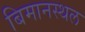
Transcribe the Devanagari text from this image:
बिमानस्थल